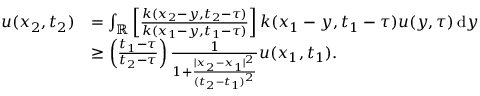
\begin{array} { r l } { u ( x _ { 2 } , t _ { 2 } ) } & { = \int _ { { \mathbb R } } \left[ \frac { k ( x _ { 2 } - y , t _ { 2 } - \tau ) } { k ( x _ { 1 } - y , t _ { 1 } - \tau ) } \right] k ( x _ { 1 } - y , t _ { 1 } - \tau ) u ( y , \tau ) { \, \mathrm { d } } y } \\ & { \geq \left( \frac { t _ { 1 } - \tau } { t _ { 2 } - \tau } \right) \frac { 1 } { 1 + \frac { | x _ { 2 } - x _ { 1 } | ^ { 2 } } { ( t _ { 2 } - t _ { 1 } ) ^ { 2 } } } u ( x _ { 1 } , t _ { 1 } ) . } \end{array}